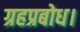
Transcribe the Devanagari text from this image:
ग्रहप्रबोध।